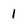
Character: 1